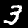
Label: 3